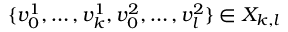
\{ v _ { 0 } ^ { 1 } , \ldots , v _ { k } ^ { 1 } , v _ { 0 } ^ { 2 } , \ldots , v _ { l } ^ { 2 } \} \in X _ { k , l }